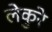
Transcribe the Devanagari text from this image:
लेकुरे